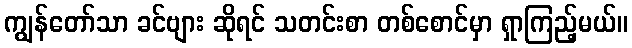
ကျွန်တော်သာ ခင်ဗျား ဆိုရင် သတင်းစာ တစ်စောင်မှာ ရှာကြည့်မယ်။